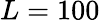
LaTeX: L=100